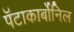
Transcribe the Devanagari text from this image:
पॅटाकार्बोनिल